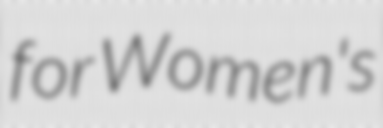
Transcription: for Women's